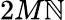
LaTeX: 2M\mathbb{N}